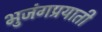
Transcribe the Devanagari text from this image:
भुजंगप्रयाती